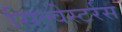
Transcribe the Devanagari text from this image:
सिल्वेस्टर्रस